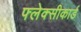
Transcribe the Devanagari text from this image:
फ्लेक्सीकार्ड